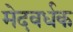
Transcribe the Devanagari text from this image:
मेदवर्धक